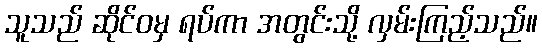
သူသည် ဆိုင်ဝမှ ရပ်ကာ အတွင်းသို့ လှမ်းကြည့်သည်။